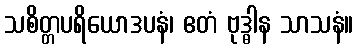
သစိတ္တပရိယောဒပနံ၊ ဧတံ ဗုဒ္ဓါန သာသနံ။